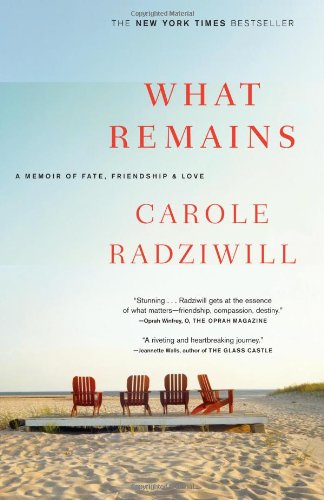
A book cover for What Remains: A Memoir of Fate, Friendship, and Love; Carole Radziwill; Biographies & Memoirs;